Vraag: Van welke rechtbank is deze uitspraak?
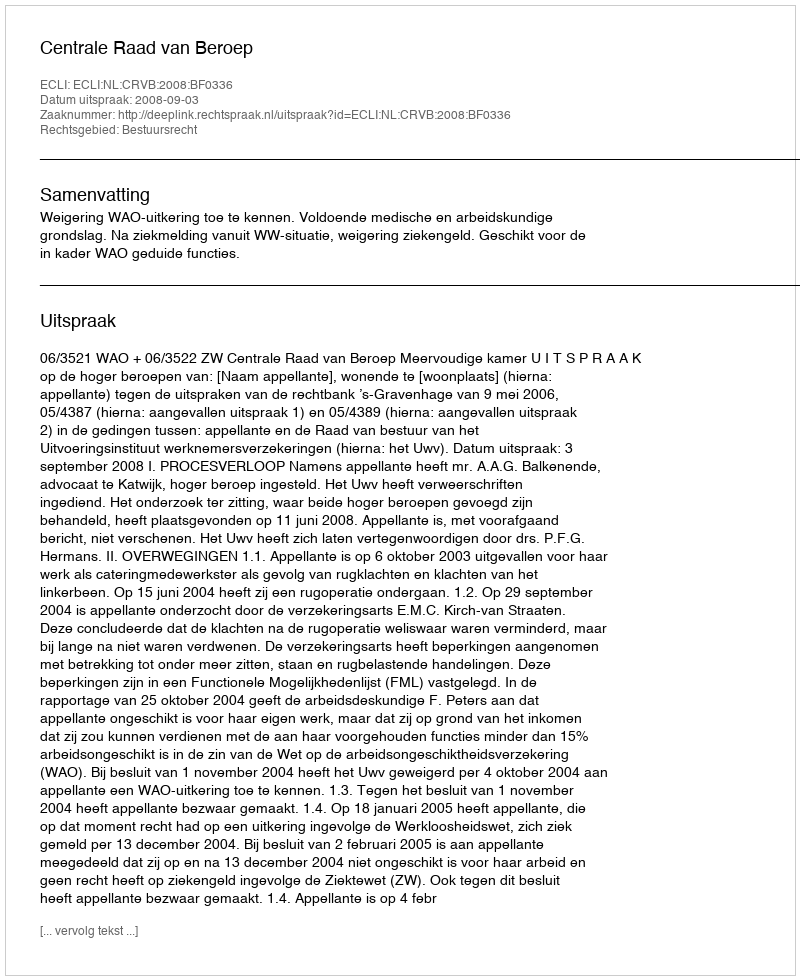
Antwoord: Centrale Raad van Beroep